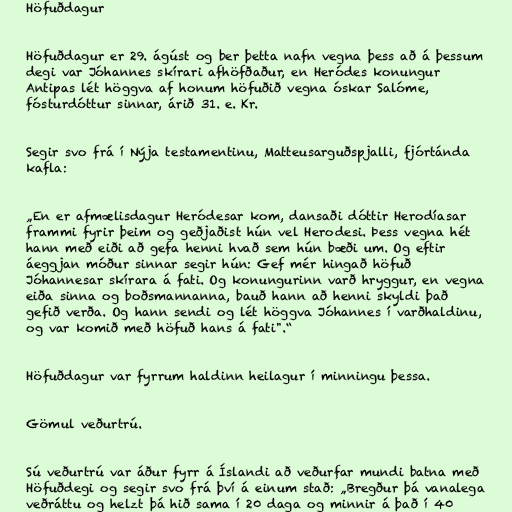
Höfuðdagur

Höfuðdagur er 29. ágúst og ber þetta nafn vegna þess að á þessum
degi var Jóhannes skírari afhöfðaður, en Heródes konungur
Antipas lét höggva af honum höfuðið vegna óskar Salóme,
fósturdóttur sinnar, árið 31. e. Kr.

Segir svo frá í Nýja testamentinu, Matteusarguðspjalli, fjórtánda
kafla:

„En er afmælisdagur Heródesar kom, dansaði dóttir Herodíasar
frammi fyrir þeim og geðjaðist hún vel Herodesi. Þess vegna hét
hann með eiði að gefa henni hvað sem hún bæði um. Og eftir
áeggjan móður sinnar segir hún: Gef mér hingað höfuð
Jóhannesar skírara á fati. Og konungurinn varð hryggur, en vegna
eiða sinna og boðsmannanna, bauð hann að henni skyldi það
gefið verða. Og hann sendi og lét höggva Jóhannes í varðhaldinu,
og var komið með höfuð hans á fati".“

Höfuðdagur var fyrrum haldinn heilagur í minningu þessa.

Gömul veðurtrú.

Sú veðurtrú var áður fyrr á Íslandi að veðurfar mundi batna með
Höfuðdegi og segir svo frá því á einum stað: „Bregður þá vanalega
veðráttu og helzt þá hið sama í 20 daga og minnir á það í 40